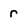
Character: r